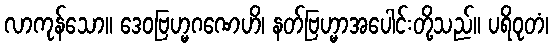
လာကုန်သော။ ဒေဝဗြဟ္မဂဏေဟိ၊ နတ်ဗြဟ္မာအပေါင်းတို့သည်။ ပရိဝုတံ၊